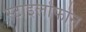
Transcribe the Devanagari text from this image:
स्टाइलोफोन